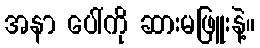
အနာ ပေါ်ကို ဆားမဖြူးနဲ့။